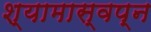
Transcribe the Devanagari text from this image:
श्यामास्वप्न